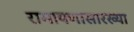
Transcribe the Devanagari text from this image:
रामायणासारख्या